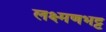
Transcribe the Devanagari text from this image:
लक्ष्मणभट्ट